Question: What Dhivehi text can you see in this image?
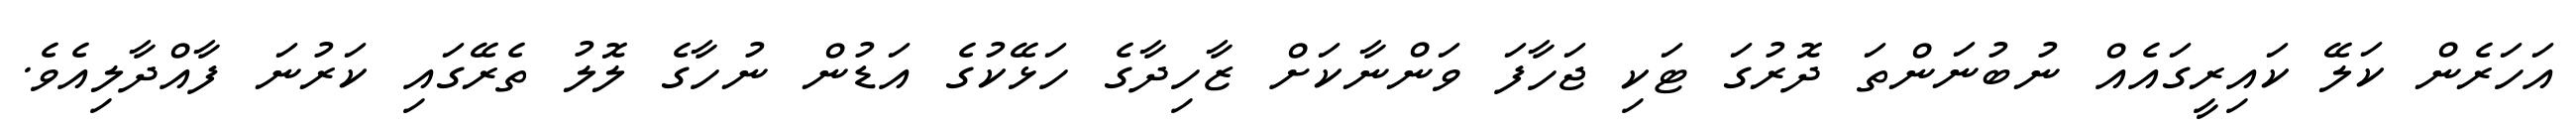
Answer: އަހަރެން ކަލޭ ކައިރީގައެއް ނުބުނަންތަ ދޮރުގަ ޓަކި ޖަހާފަ ވަންނާކަށް ޒާހިދާގެ ހަޅޭކުގެ އަޑުން ނުހާގެ ލޮލު ތެރޭގައި ކަރުނަ ފާއްދާލިއެވެ.